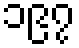
၁၉၇